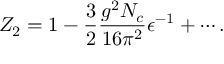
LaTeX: Z _ { 2 } = 1 - { \frac { 3 } { 2 } } { \frac { g ^ { 2 } N _ { c } } { 1 6 \pi ^ { 2 } } } \epsilon ^ { - 1 } + \cdots .